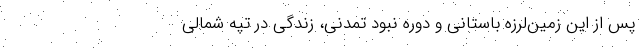
پس از این زمین‌لرزه باستانی و دوره نبود تمدنی، زندگی در تپه شمالی